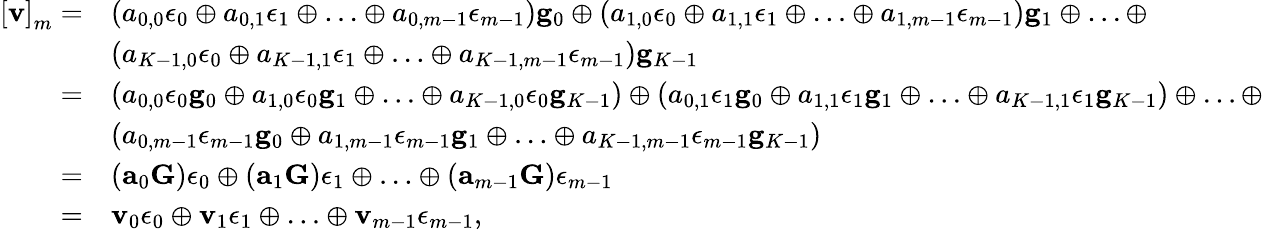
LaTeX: \begin{array}{rl}{\left[{\mathbf v}\right]_{m}=}&{\left(a_{0,0}\epsilon_{0}\oplus a_{0,1}\epsilon_{1}\oplus\ldots\oplus a_{0,m-1}\epsilon_{m-1}\right){\mathbf g}_{0}\oplus\left(a_{1,0}\epsilon_{0}\oplus a_{1,1}\epsilon_{1}\oplus\ldots\oplus a_{1,m-1}\epsilon_{m-1}\right){\mathbf g}_{1}\oplus\ldots\oplus}\\ &{\left(a_{K-1,0}\epsilon_{0}\oplus a_{K-1,1}\epsilon_{1}\oplus\ldots\oplus a_{K-1,m-1}\epsilon_{m-1}\right){\mathbf g}_{K-1}}\\ {=}&{\left(a_{0,0}\epsilon_{0}{\mathbf g}_{0}\oplus a_{1,0}\epsilon_{0}{\mathbf g}_{1}\oplus\ldots\oplus a_{K-1,0}\epsilon_{0}{\mathbf g}_{K-1}\right)\oplus\left(a_{0,1}\epsilon_{1}{\mathbf g}_{0}\oplus a_{1,1}\epsilon_{1}{\mathbf g}_{1}\oplus\ldots\oplus a_{K-1,1}\epsilon_{1}{\mathbf g}_{K-1}\right)\oplus\ldots\oplus}\\ &{\left(a_{0,m-1}\epsilon_{m-1}{\mathbf g}_{0}\oplus a_{1,m-1}\epsilon_{m-1}{\mathbf g}_{1}\oplus\ldots\oplus a_{K-1,m-1}\epsilon_{m-1}{\mathbf g}_{K-1}\right)}\\ {=}&{({\mathbf a}_{0}{\mathbf G})\epsilon_{0}\oplus({\mathbf a}_{1}{\mathbf G})\epsilon_{1}\oplus\ldots\oplus({\mathbf a}_{m-1}{\mathbf G})\epsilon_{m-1}}\\ {=}&{{\mathbf v}_{0}\epsilon_{0}\oplus{\mathbf v}_{1}\epsilon_{1}\oplus\ldots\oplus{\mathbf v}_{m-1}\epsilon_{m-1},}\end{array}